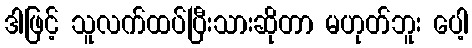
ဒါဖြင့် သူလက်ထပ်ပြီးသားဆိုတာ မဟုတ်ဘူး ပေါ့